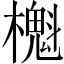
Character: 櫆